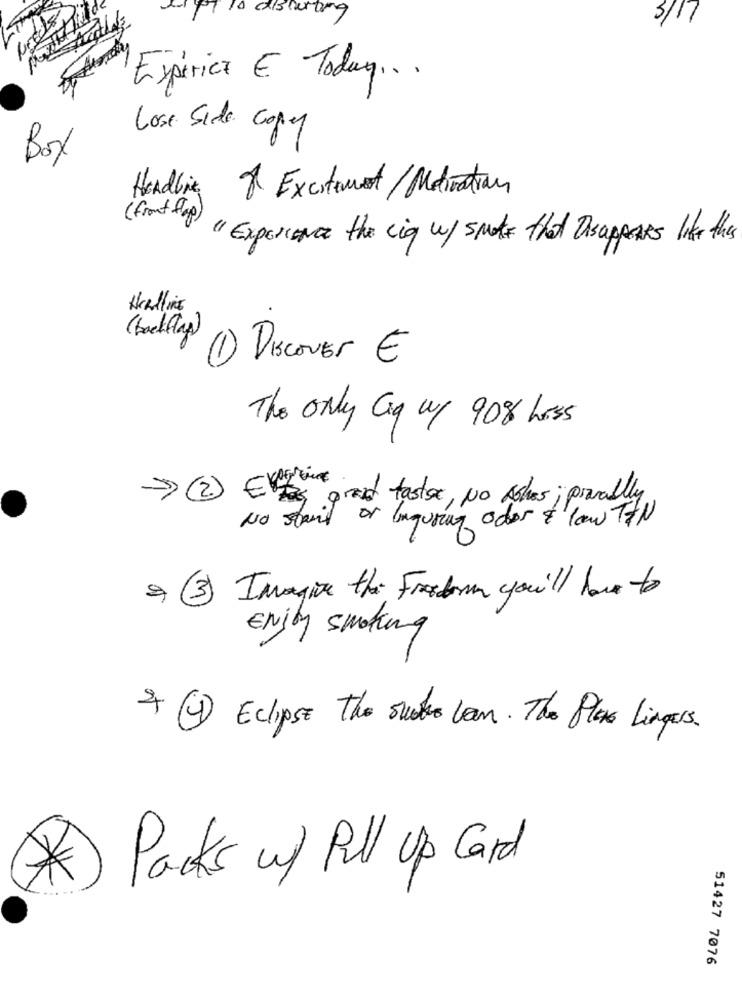
7 10 disturbing
3/17
Expéricz E Today ...
Lose Side copy
Box
Handling & Excitement/ Motivation
( front top) " Experience the cig w/ smoke that Disappears like this
(boek(ap)
1 Discover €
The only Ciq up 90% hass
-> (2) Evening
Tas grad tastex, No Ashes ; provedlly.
No stand or Ingusing oder & law TEN
9 3 Imagine the Freedom you'll have to
ENjby smoking
4 (4) Eclipse The suoke LEM. The Plex Lingers.
Packs up Pull up Card
51427 7076